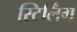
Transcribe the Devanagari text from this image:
स्टिर्लिंग